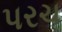
પરચ